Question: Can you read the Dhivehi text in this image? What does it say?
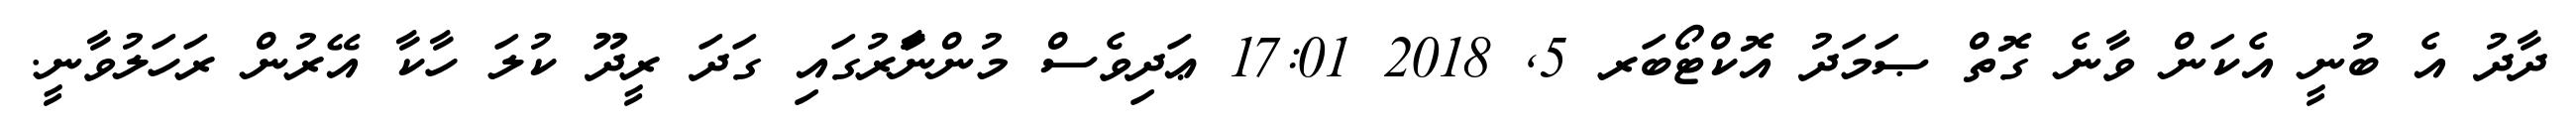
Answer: ދާދު އެ ބުނީ އެކަން ވާނެ ގޮތް ޞަމަދު އޮކްޓޯބަރ 5, 2018 17:01 ޢަދިވެސް މުންނަަާރުގައި ގަދަ ރީދޫ ކުލަ ހާކާ އޭރުން ރަހަލުވާނީ.